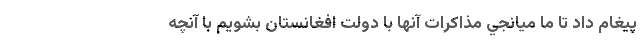
پيغام داد تا ما ميانجي مذاكرات آنها با دولت افغانستان بشويم با آنچه